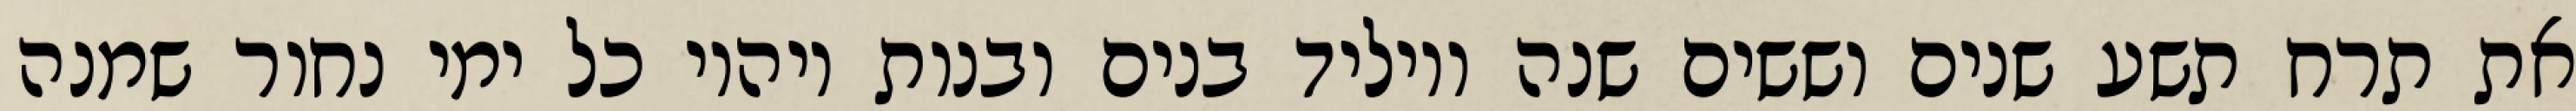
את תרח תשע שנים וששים שנה ויוליד בנים ובנות ויהיו כל ימי נחור שמנה